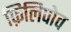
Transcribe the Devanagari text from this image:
फ़िलिपोव